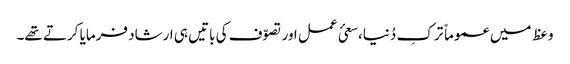
وعظ میں عموماً ترکِ دُنیا،سعئ عمل اور تصوّف کی باتیں ہی ارشاد فرمایا کرتے تھے۔